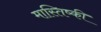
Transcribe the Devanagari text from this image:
मास्तिष्की